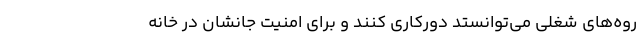
روه‌های شغلی می‌توانستد دورکاری کنند و برای امنیتِ جانشان در خانه